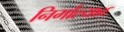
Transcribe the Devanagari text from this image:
निर्माल्य४६